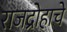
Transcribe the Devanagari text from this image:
राजद्रोहाचे